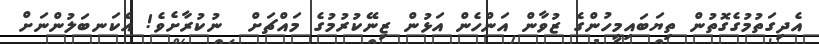
އެދިގަތުމުގެގޮތުން ތިޔަބައިމީހުންގެ ޒުވާން އަންހެން އަޅުން ޒިނޭކުރުމުގެ މައްޗަށް  ނުކުރާށެވެ! އެކަނބަލުންނަށް